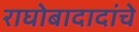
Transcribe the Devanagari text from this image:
राघोबादादांचे